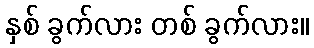
နှစ် ခွက်လား တစ် ခွက်လား။